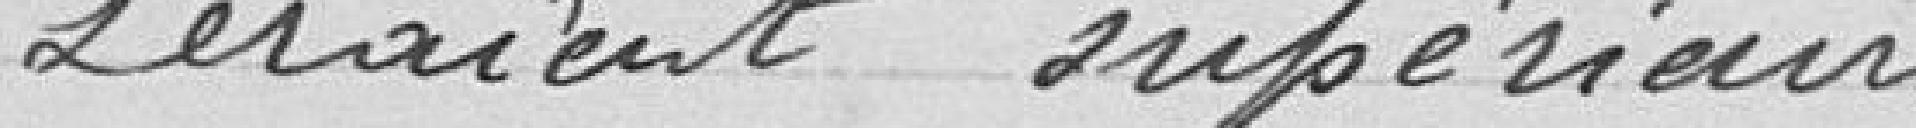
seraient supérieurs de 5 500,00